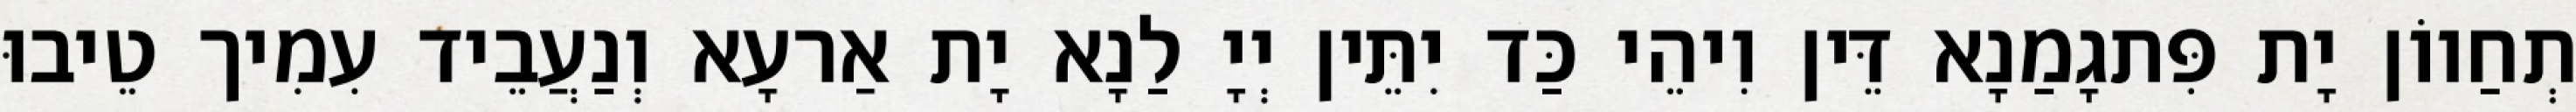
תְחַווֹן יָת פִּתגָמַנָא דֵּין וִיהֵי כַּד יִתֵּין יְיָ לַנָא יָת אַרעָא וְנַעֲבֵיד עִמִיך טֵיבוּ